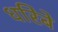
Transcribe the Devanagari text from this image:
धरिबे